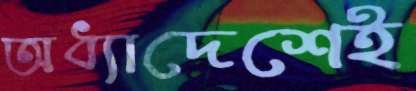
অধ্যাদেশেই